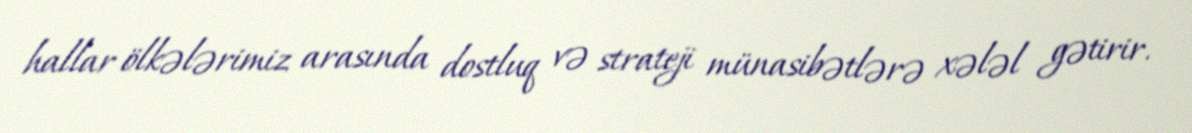
hallar ölkələrimiz arasında dostluq və strateji münasibətlərə xələl gətirir.